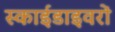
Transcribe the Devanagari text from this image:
स्काईडाइवरों